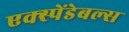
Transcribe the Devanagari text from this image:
एक्स्पेंडेबल्स